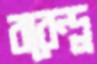
বরেন্দ্র্র